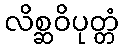
လိစ္ဆဝိပုတ္တံ